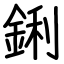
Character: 鋓